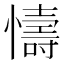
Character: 懤